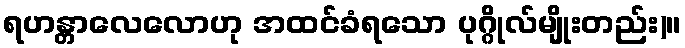
ရဟန္တာလေလောဟု အထင်ခံရသော ပုဂ္ဂိုလ်မျိုးတည်း)။